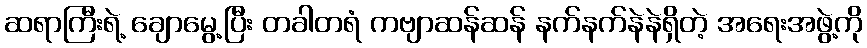
ဆရာကြီးရဲ့ ချောမွေ့ပြီး တခါတရံ ကဗျာဆန်ဆန် နက်နက်နဲနဲရှိတဲ့ အရေးအဖွဲ့ကို